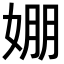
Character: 𡞇